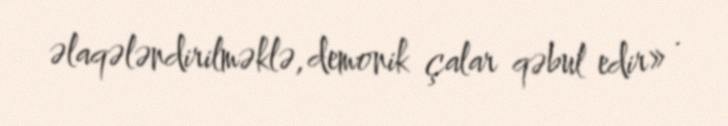
əlaqələndirilməklə, demonik çalar qəbul edir» .